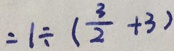
= 1 \div ( \frac { 3 } { 2 } + 3 )